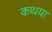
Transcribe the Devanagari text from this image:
कथया